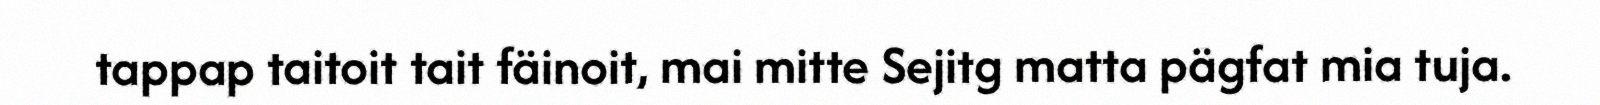
tappap taitoit tait fäinoit, mai mitte Sejitg matta pägfat mia tuja.